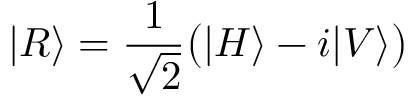
| R \rangle = { \frac { 1 } { \sqrt { 2 } } } { \big ( } | H \rangle - i | V \rangle { \big ) }